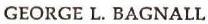
GEORGE L. BAGNALL